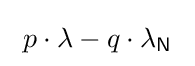
\ p\cdot \lambda -q\cdot \lambda _{\mathsf {N}}\